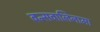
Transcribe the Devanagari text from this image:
बन्सवालिनामा